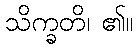
သိက္ခတိ၊ ၏။